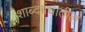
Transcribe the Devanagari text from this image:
शाब्दबंधातील